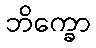
ဘိက္ခော